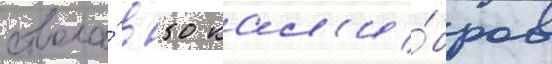
ствола́ в 50 кал'и́бров